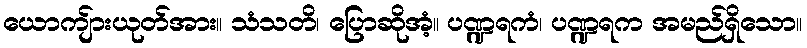
ယောကျ်ားယုတ်အား။ သံသတိ၊ ပြောဆိုအံ့။ ပဏ္ဍရကံ၊ ပဏ္ဍရက အမည်ရှိသော။